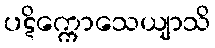
ပဋိက္ကောသေယျာသိ